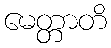
မေတ္တာတိ